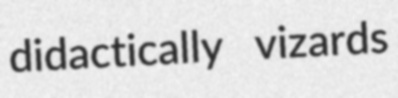
didactically vizards